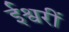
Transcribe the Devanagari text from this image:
ईश्वरीं